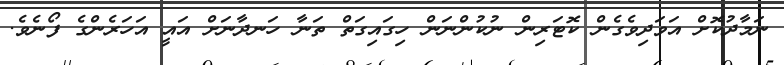
ނަމާދުކޮށް އަވަދިވެގެން ކޮޓަރިން ނުކުންނަން ހިގައިގަތް ތަނާ ހަނދާނަށް އައީ އަހަރެންގެ ފޯނެވެ.